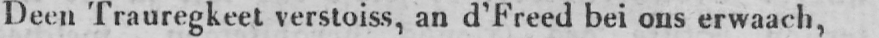
Deen Trauregkeet verstoiss, an d’Freed bei ons erwaach,